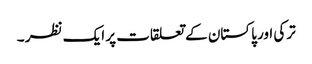
ترکی اور پاکستان کے تعلقات پر ایک نظر ۔